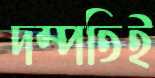
দম্পতিই